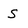
Character: s